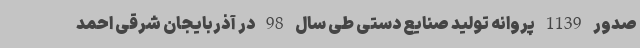
صدور 1139 پروانه تولید صنایع دستی طی سال 98 در آذربایجان شرقی احمد